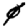
Digit: 4